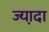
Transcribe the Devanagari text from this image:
ज्या़दा